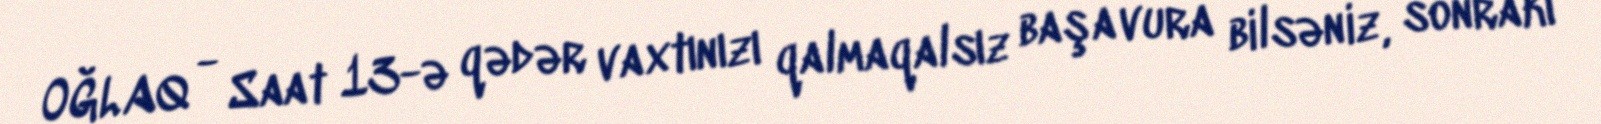
OĞLAQ - Saat 13-ə qədər vaxtınızı qalmaqalsız başa vura bilsəniz, sonrakı